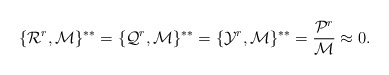
\begin{align*}\{{\cal R}^r,{\cal M}\}^{**}= \{{\cal Q}^r,{\cal M}\}^{**}=\{{\cal Y}^r,{\cal M}\}^{**}=\frac{{\cal P}^r}{{\cal M}} \approx0. \end{align*}